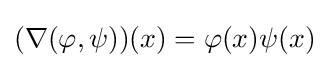
(\nabla (\varphi ,\psi ))(x)=\varphi (x)\psi (x)